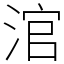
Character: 涫